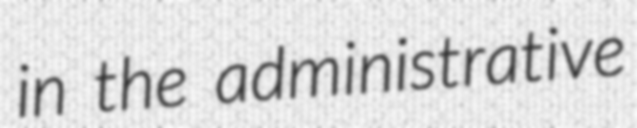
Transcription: in the administrative